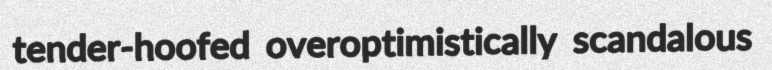
tender-hoofed overoptimistically scandalous